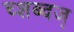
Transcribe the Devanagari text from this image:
च्शब्दज्